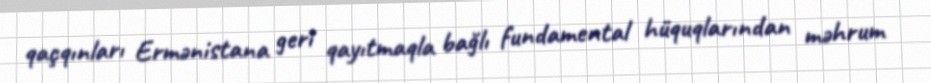
qaçqınları Ermənistana geri qayıtmaqla bağlı fundamental hüquqlarından məhrum